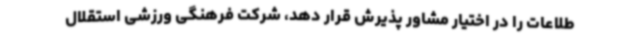
طلاعات را در اختیار مشاور پذیرش قرار دهد، شرکت فرهنگی ورزشی استقلال